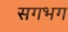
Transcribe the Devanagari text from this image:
सगभग